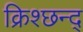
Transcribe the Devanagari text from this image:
क्रिश्छन्द्